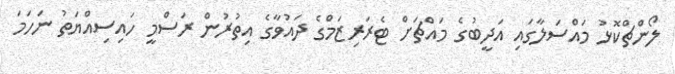
ލޯންޗްކޮޅު މައްސަލާގައި އަދީބުގެ މައްޗަށް ޓެރަރިޒަމްގެ ދައުވާގެ އިތުރުން ރަސްމީ ހައިސިއްޔަތު ނަހަމަ